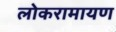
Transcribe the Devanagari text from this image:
लोकरामायण